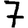
Digit: 7